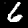
Label: 6